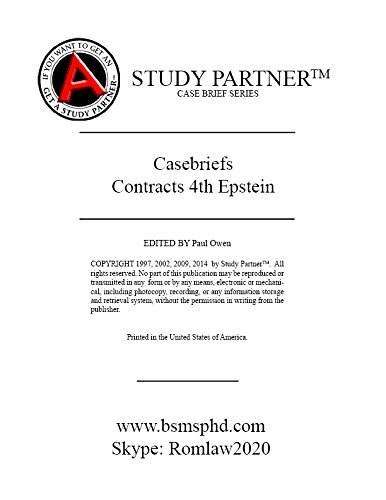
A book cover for Case Briefs Contracts Epstein 4th Edition (Case Briefs by Rom Law); Paul Owen; Law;